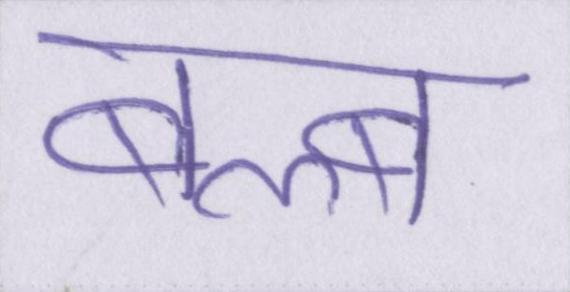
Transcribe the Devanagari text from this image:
बल्ब